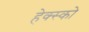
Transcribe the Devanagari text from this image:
हेक्स्को